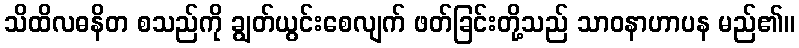
သိထိလဓနိတ စသည်ကို ချွတ်ယွင်းစေလျက် ဖတ်ခြင်းတို့သည် သာဝနာဟာပန မည်၏။